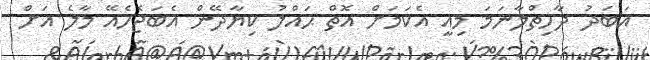
އަބަދު ދާހިތްލާނަމަ މިއީ އެކަމަށް އޮތް ޙައްލު ކިޔާދޭން އެބަޖެހެއޭ މާލެ އަށް